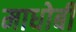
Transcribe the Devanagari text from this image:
माधोबी